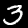
Digit: 3